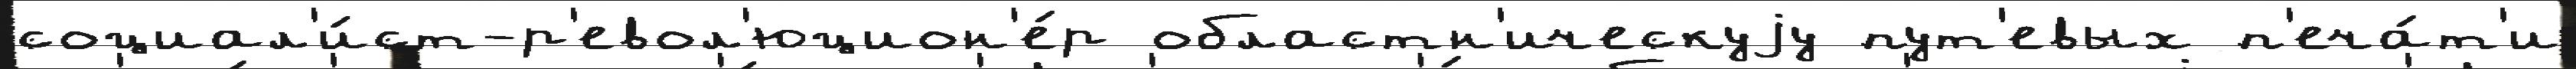
социал'и́ст-р'евол'юцион'е́р областн'ическуjу пут'евых п'еча́т'и